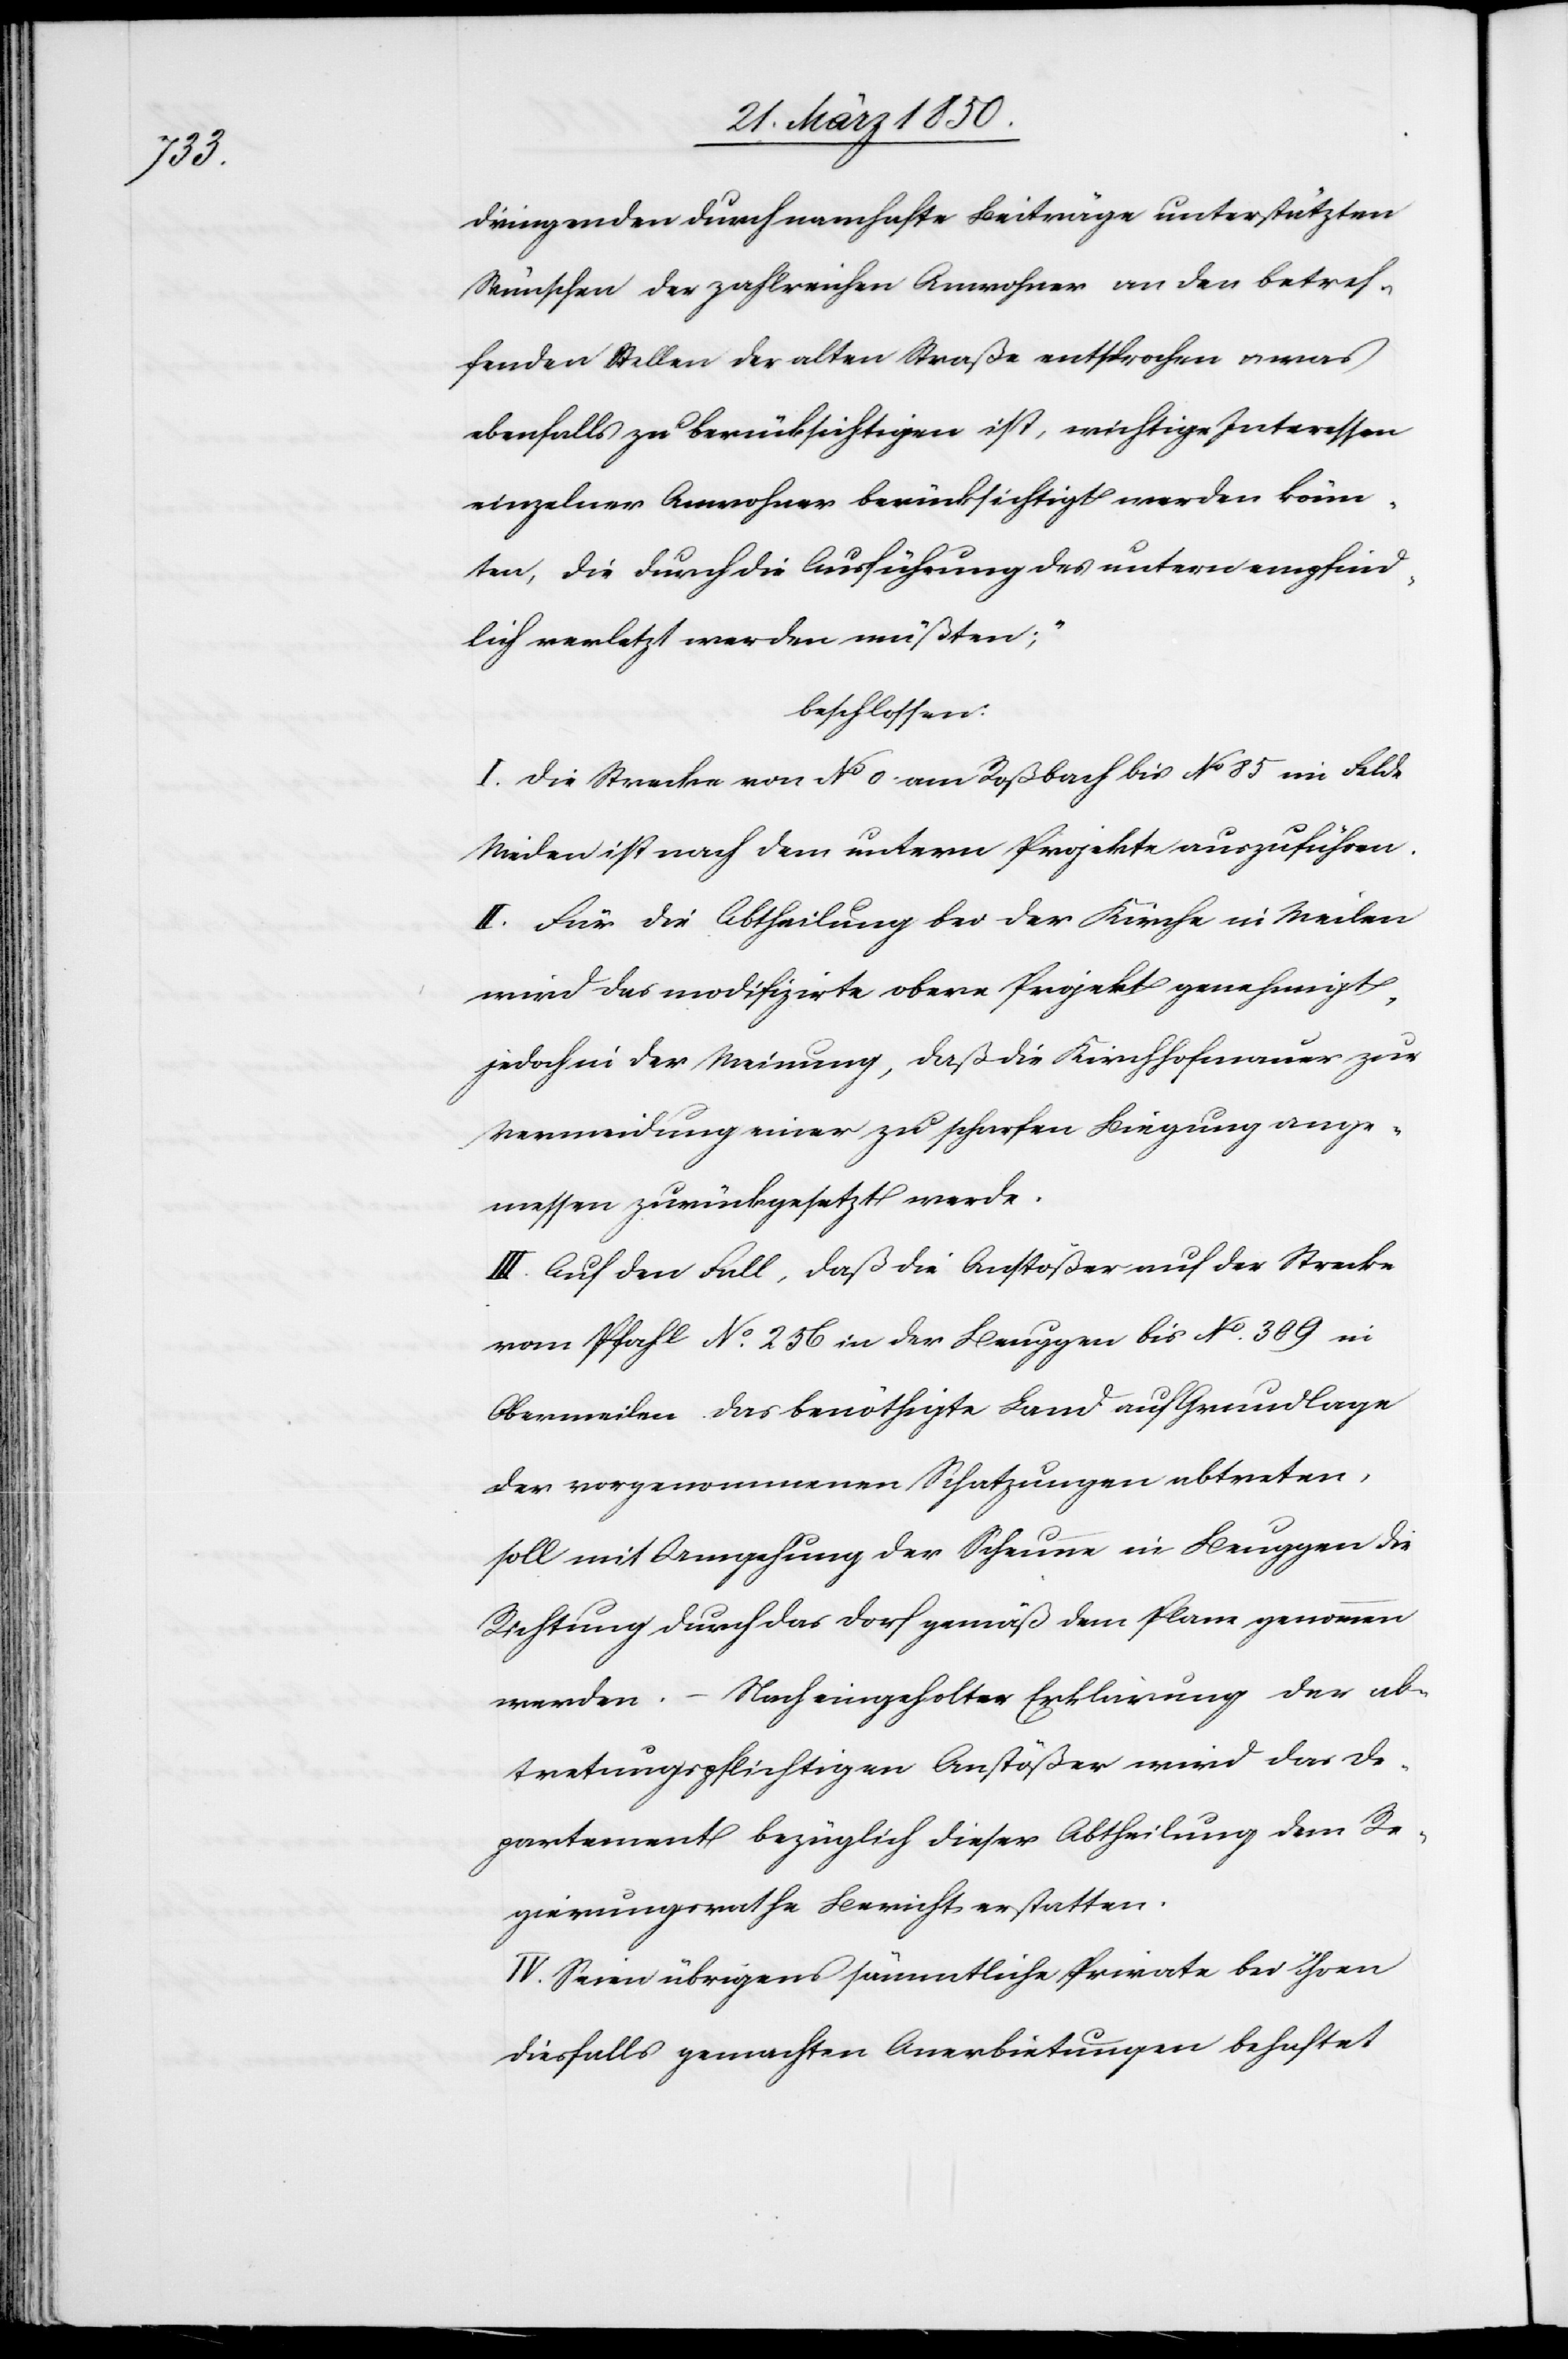
dringenden durch namhafte Beiträge unterstützten
Wünschen der zahlreichen Anwohner an den betref¬
fenden Stellen der alten Straße entsprochen u. was
ebenfalls zu berücksichtigen ist, wichtige Interessen
einzelner Anwohner berücksichtigt werden könn¬
ten, die durch die Ausführung des untern empfind¬
lich verletzt werden müßten;“
beschlossen:
I. Die Strecke von No 0 am Roßbach bis No 85 im Felde
Meilen ist nach dem untern Projekte auszuführen.
II. Für die Abtheilung bei der Kirche in Meilen
wird das modifizirte obere Projekt genehmigt,
jedoch in der Meinung, daß die Kirchhofmauer zur
Vermeidung einer zu scharfen Biegung ange¬
messen zurückgesetzt werde.
III. Auf den Fall, daß die Anstößer auf der Strecke
vom Pfahl No 256 in der Beuggen bis No 309 in
Obermeilen das benöthigte Land auf Grundlage
der vorgenommenen Schatzungen abtreten,
soll mit Umgehung der Scheune in Beuggen die
Richtung durch das Dorf gemäß dem Plane genommen
werden. – Nach eingeholter Erklärung der ab¬
tretungspflichtigen Anstößer wird das De¬
partement bezüglich dieser Abtheilung dem Re¬
gierungsrathe Bericht erstatten.
IV. Seien übrigens sämmtliche Private bei ihren
diesfalls gemachten Anerbietungen behaftet